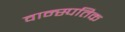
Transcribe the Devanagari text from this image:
वान्स्पतिक